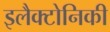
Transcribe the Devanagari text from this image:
इलैक्टोनिकी